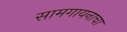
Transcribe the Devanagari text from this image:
सामगायनाचा